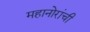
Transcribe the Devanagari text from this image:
महानोरांची